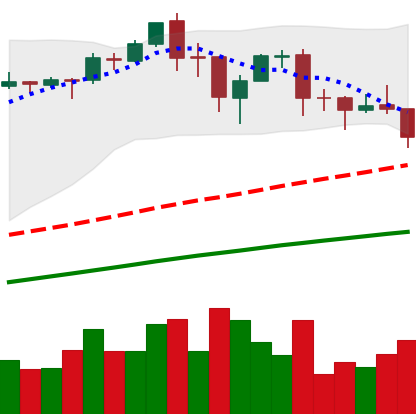
Ticker: BTC-USD
Chart end date: 2017-09-13
Forward return: 4.703%
Label: up_3_5